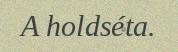
A holdséta.